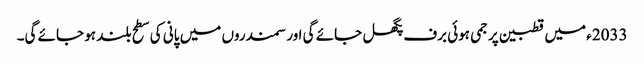
2033ء میں قطبین پر جمی ہوئی برف پگھل جائے گی اور سمندروں میں پانی کی سطح بلند ہو جائے گی۔